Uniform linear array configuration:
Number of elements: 24
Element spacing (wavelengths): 0.5
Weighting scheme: kaiser
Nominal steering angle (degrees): -30
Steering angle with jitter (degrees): -31.812
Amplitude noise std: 0.05
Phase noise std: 0.05

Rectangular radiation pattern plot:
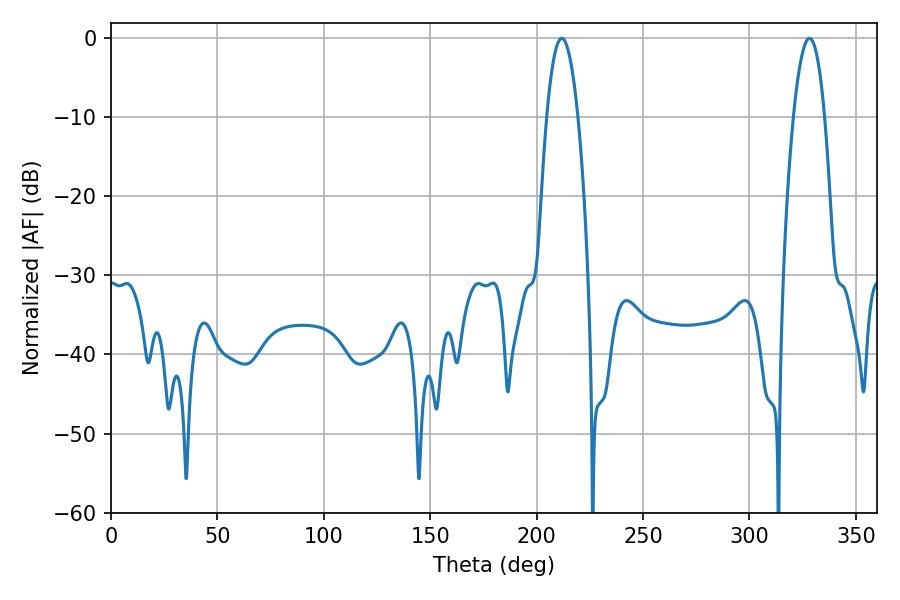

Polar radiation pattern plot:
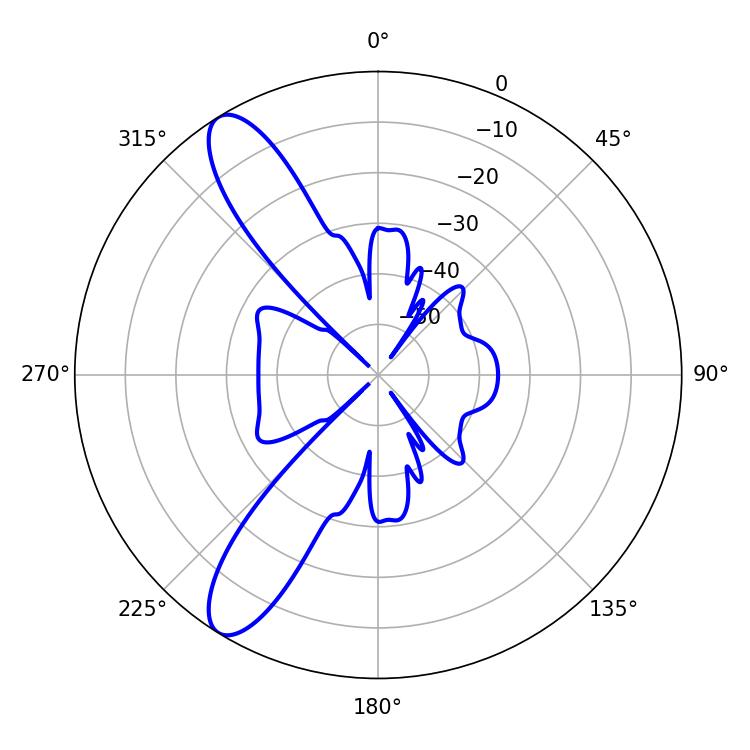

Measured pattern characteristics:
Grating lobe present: FALSE
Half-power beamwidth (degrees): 8.1
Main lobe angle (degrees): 211.86